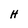
Character: H